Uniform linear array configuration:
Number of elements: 16
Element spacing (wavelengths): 0.5
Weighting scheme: binomial
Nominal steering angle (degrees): -60
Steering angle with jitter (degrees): -61.83
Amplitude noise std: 0.05
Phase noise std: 0.05

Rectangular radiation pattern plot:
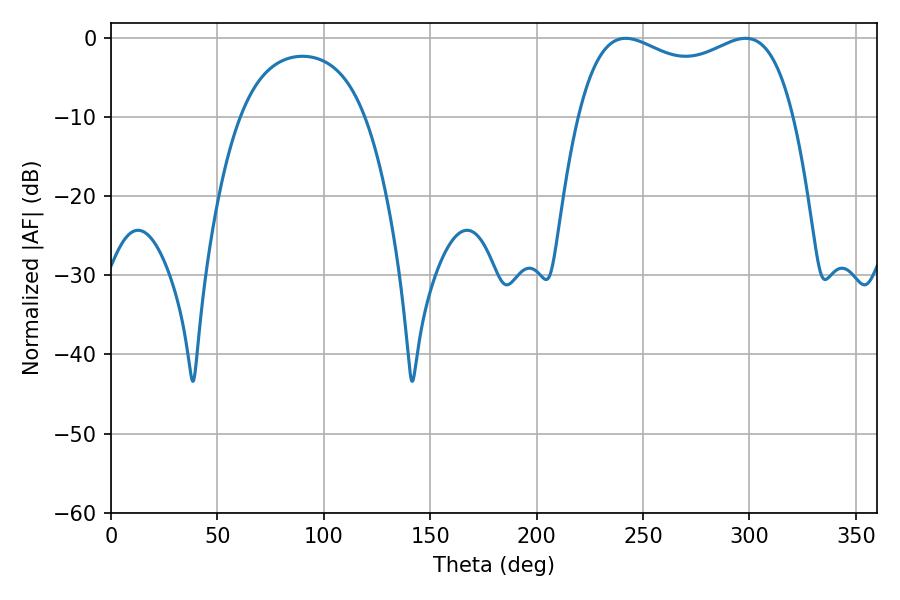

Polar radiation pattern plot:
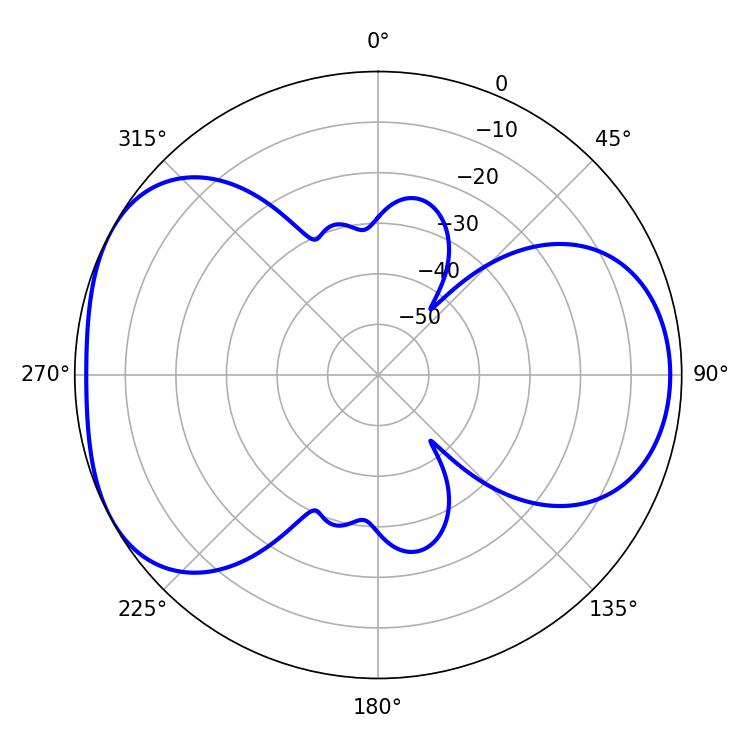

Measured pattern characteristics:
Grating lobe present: FALSE
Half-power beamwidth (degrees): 83.52
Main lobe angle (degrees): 241.92